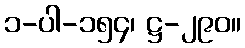
၁-ပါ-၁၅၄၊ ဋ္ဌ-၂၉၀။